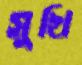
সুখি